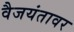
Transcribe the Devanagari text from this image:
वैजयंतावर